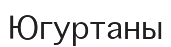
Югуртаны